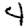
Digit: 4